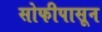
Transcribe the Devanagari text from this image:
सोफीपासून